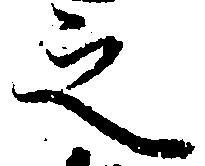
之